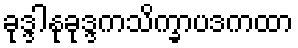
ခုဒ္ဒါနုခုဒ္ဒကသိက္ခာပဒကထာ